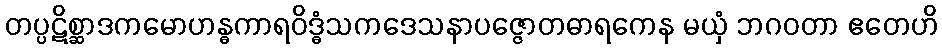
တပ္ပဋိစ္ဆာဒကမောဟန္ဓကာရဝိဒ္ဓံသကဒေသနာပဇ္ဇောတဓာရကေန မယှံ ဘဂဝတာ ဧတေဟိ